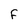
Character: F